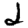
Digit: 2